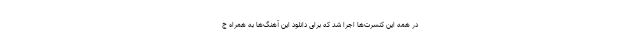
در همه این کنسرت‌ها اجرا شد که برای دانلود این آهنگ‌ها به همراه ج